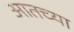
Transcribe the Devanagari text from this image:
आतच्या